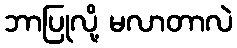
ဘာပြုလို့ မလာတာလဲ